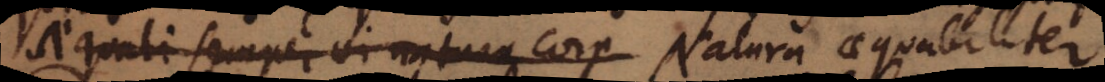
Aequali semper vi natura corp Natura aequabiliter